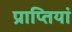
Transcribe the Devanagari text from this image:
प्राप्तियां